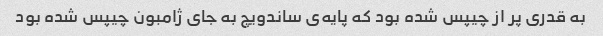
به قدری پر از چیپس شده بود که پایه‌ی ساندویچ به جای ژامبون چیپس شده بود